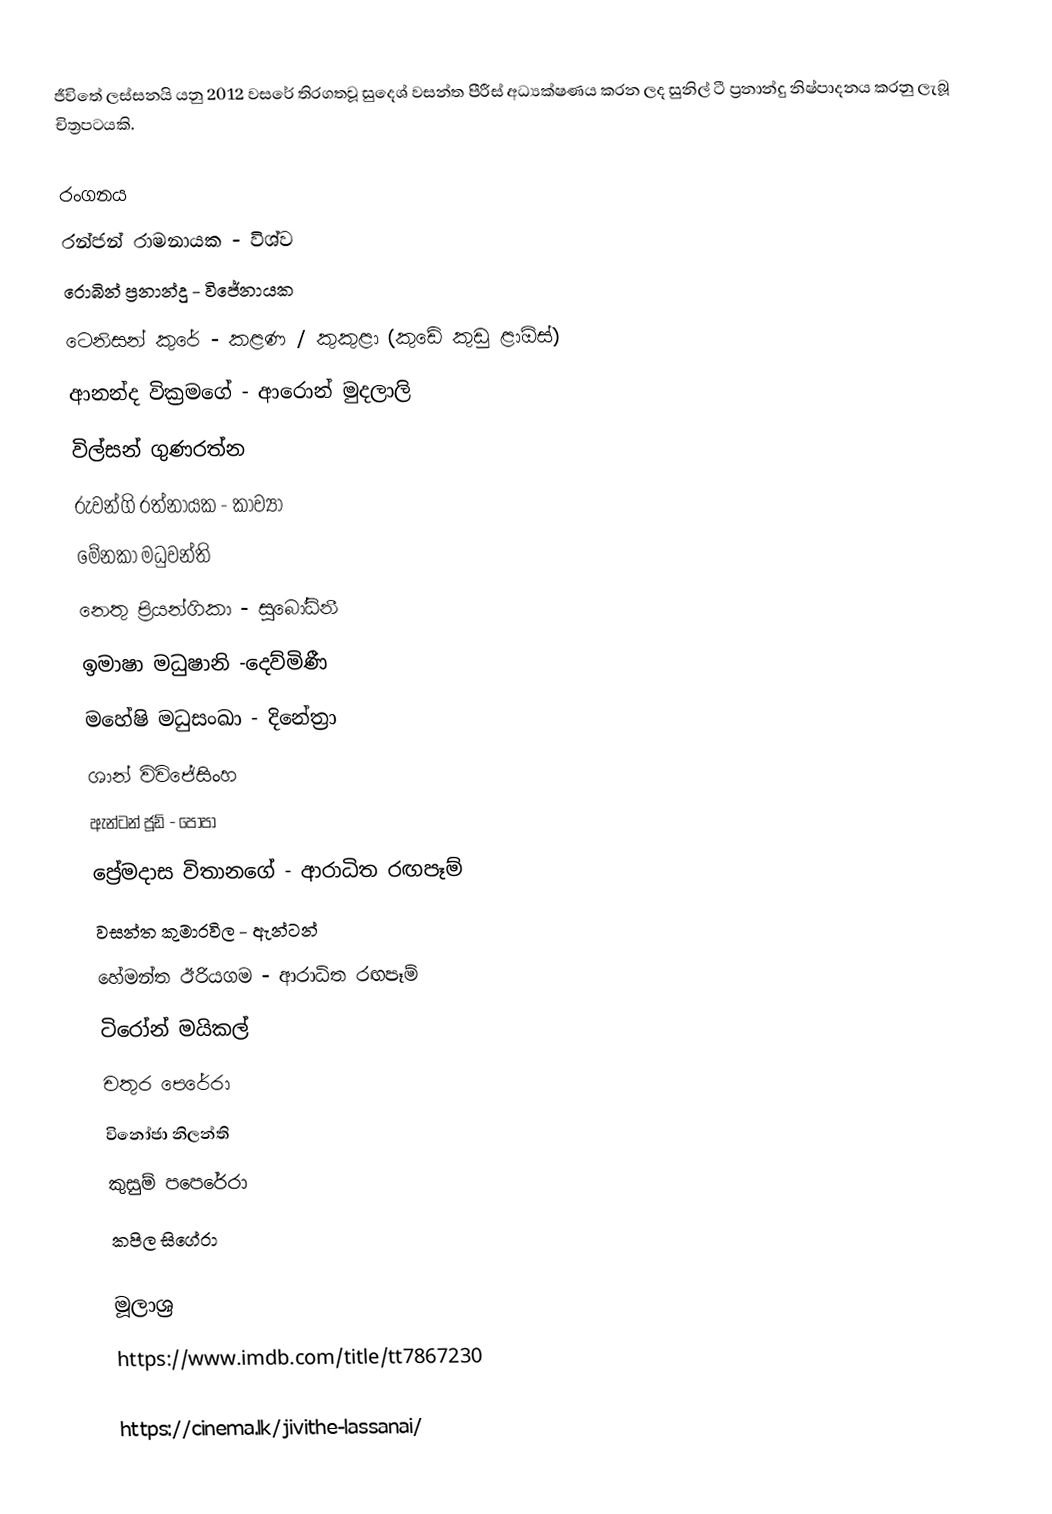
ජීවිතේ ලස්සනයි යනු 2012 වසරේ තිරගතවූ සුදෙශ් වසන්ත පීරීස් අධ්‍යක්ෂණය කරන ලද සුනිල් ටී ප්‍රනාන්දු නිෂ්පාදනය කරනු ලැබූ චිත්‍රපටයකි.

රංගනය
රන්ජන් රාමනායක - විශ්ව
රොබින් ප්‍රනාන්දු - විජේනායක
ටෙනිසන් කුරේ - කළණ / කුකුළා (කුඩේ කුඩු ළාඕස්)
ආනන්ද වික්‍රමගේ - ආරොන් මුදලාලි
විල්සන් ගුණරත්න
රුවන්ගි රත්නායක - කාව්‍යා
මේනකා මධුවන්ති
නෙතු ප්‍රියන්ගිකා - සුබෝධිනී
ඉමාෂා මධුෂානි -දෙව්මිණී
මහේෂි මධුසංඛා - දිනේත්‍රා
ශාන් විවිජේසිංහ
ඇන්ටන් ජූඩ් - පොපා
ප්‍රේමදාස විතානගේ - ආරාධිත රඟපෑම්
වසන්ත කුමාරවිල - ඇන්ටන්
හේමන්ත ඊරියගම - ආරාධිත රඟපෑම්
ටිරෝන් මයිකල්
චතුර පෙරේරා
විනෝජා නිලන්ති
කුසුම් පපෙරේරා
කපිල සිගේරා

මූලාශ්‍ර
 https://www.imdb.com/title/tt7867230

https://cinema.lk/jivithe-lassanai/